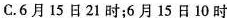
C.6月15日21时；6月15日10时